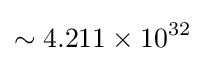
\sim 4.211\times 10^{32}